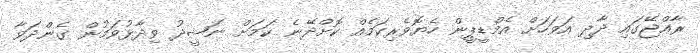
ރާއްޖޭގައި ދާދި އަވަހަށް އެމްޑީޕީން ހެޔޮވެރިކަމެއް ކޮށްދޭނެ ކަމަށް ނަޝީދު ވިދާޅުވަމުން ގެންދަވާ